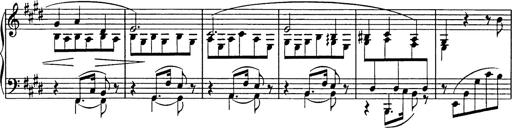
Title: Consolations
Composer: Franz Liszt